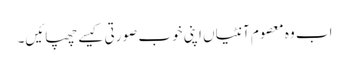
اب وہ معصوم آنٹیاں اپنی خوب صورتی کیسے چھپائیں۔